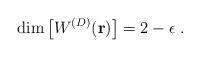
LaTeX: \begin{align*}{\rm dim} \left[ W^{({D})} ({\bf r}) \right] =2 - \epsilon\; .\end{align*}